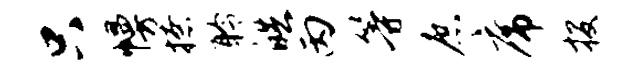
只幔撩聆皓丙等庶席投